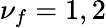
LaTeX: \nu_{f}=1,2